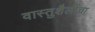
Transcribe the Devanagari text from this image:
वास्तुशैलींचा